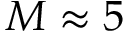
M \approx 5